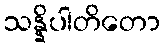
သန္နိပါတိတော